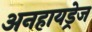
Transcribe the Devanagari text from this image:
अनहायड्रेज